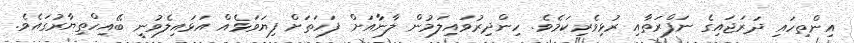
އިންތިހައި ދަރަޖައިގެ ނަފްރަތާއި ރުޅިވެރިކަމެވެ. ހިންދިރުވައިލަމުން ލާނާއަށް ފަހަތަށް ފިޔަވަޅެއް އަޅައިލެވުނީ ބޭއިހްތިޔާރުގައެވެ.